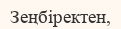
Зеңбіректен,